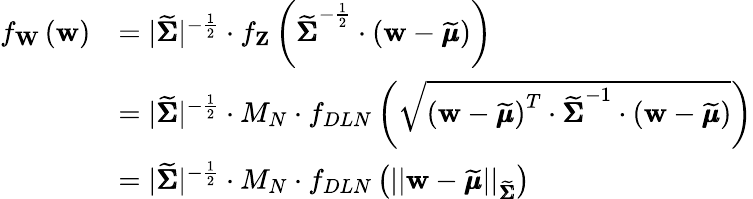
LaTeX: \begin{array}{rl}{f_{\mathbf{W}}\left(\mathbf{w}\right)}&{=\lvert\widetilde{\pmb{\Sigma}}\rvert^{-\frac{1}{2}}\cdot f_{\mathbf{Z}}\left(\widetilde{\pmb{\Sigma}}^{-\frac{1}{2}}\cdot\left(\mathbf{w}-\widetilde{\pmb{\mu}}\right)\right)}\\ &{=\lvert\widetilde{\pmb{\Sigma}}\rvert^{-\frac{1}{2}}\cdot M_{N}\cdot f_{DLN}\left(\sqrt{\left(\mathbf{w}-\widetilde{\pmb{\mu}}\right)^{T}\cdot\widetilde{\pmb{\Sigma}}^{-1}\cdot\left(\mathbf{w}-\widetilde{\pmb{\mu}}\right)}\right)}\\ &{=\lvert\widetilde{\pmb{\Sigma}}\rvert^{-\frac{1}{2}}\cdot M_{N}\cdot f_{DLN}\left(\lvert\lvert\mathbf{w}-\widetilde{\pmb{\mu}}\rvert\rvert_{\widetilde{\pmb{\Sigma}}}\right)}\end{array}